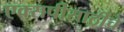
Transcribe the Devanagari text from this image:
एक्सपीसाठीचे